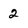
Character: 2